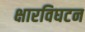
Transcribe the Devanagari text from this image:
क्षारविघटन